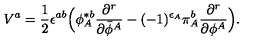
V ^ { a } = { \frac { 1 } { 2 } } \epsilon ^ { a b } \Big ( \phi _ { A } ^ { \ast b } { \frac { \partial ^ { r } } { \partial { \bar { \phi } } ^ { A } } } - ( - 1 ) ^ { \epsilon _ { A } } \pi _ { A } ^ { b } { \frac { \partial ^ { r } } { \partial \phi ^ { A } } } \Big ) .